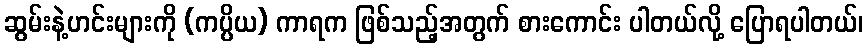
ဆွမ်းနဲ့ဟင်းများကို (ကပ္ပိယ) ကာရက ဖြစ်သည့်အတွက် စားကောင်း ပါတယ်လို့ ပြောရပါတယ်၊